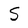
Character: S